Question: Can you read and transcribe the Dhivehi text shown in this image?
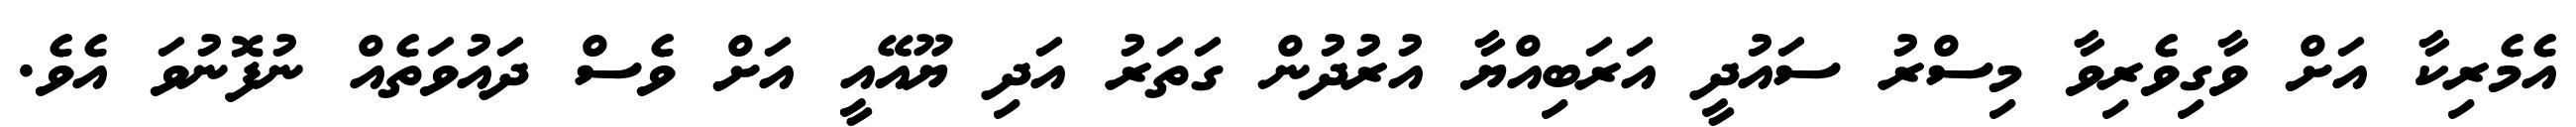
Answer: އެމެރިކާ އަށް ވާގިވެރިވާ މިސްރު ސައުދީ އަރަބިއްޔާ އުރުދުން ގަތަރު އަދި ޔޫއޭއީ އަށް ވެސް ދައުވަތެއް ނުފޮނުވަ އެވެ.